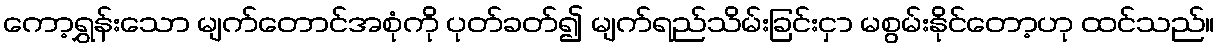
ကော့ရွှန်းသော မျက်တောင်အစုံကို ပုတ်ခတ်၍ မျက်ရည်သိမ်းခြင်းငှာ မစွမ်းနိုင်တော့ဟု ထင်သည်။